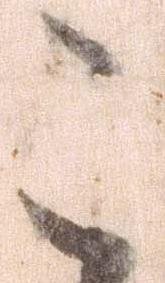
こ